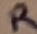
Text: R